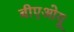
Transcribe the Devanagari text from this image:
बीएओयू